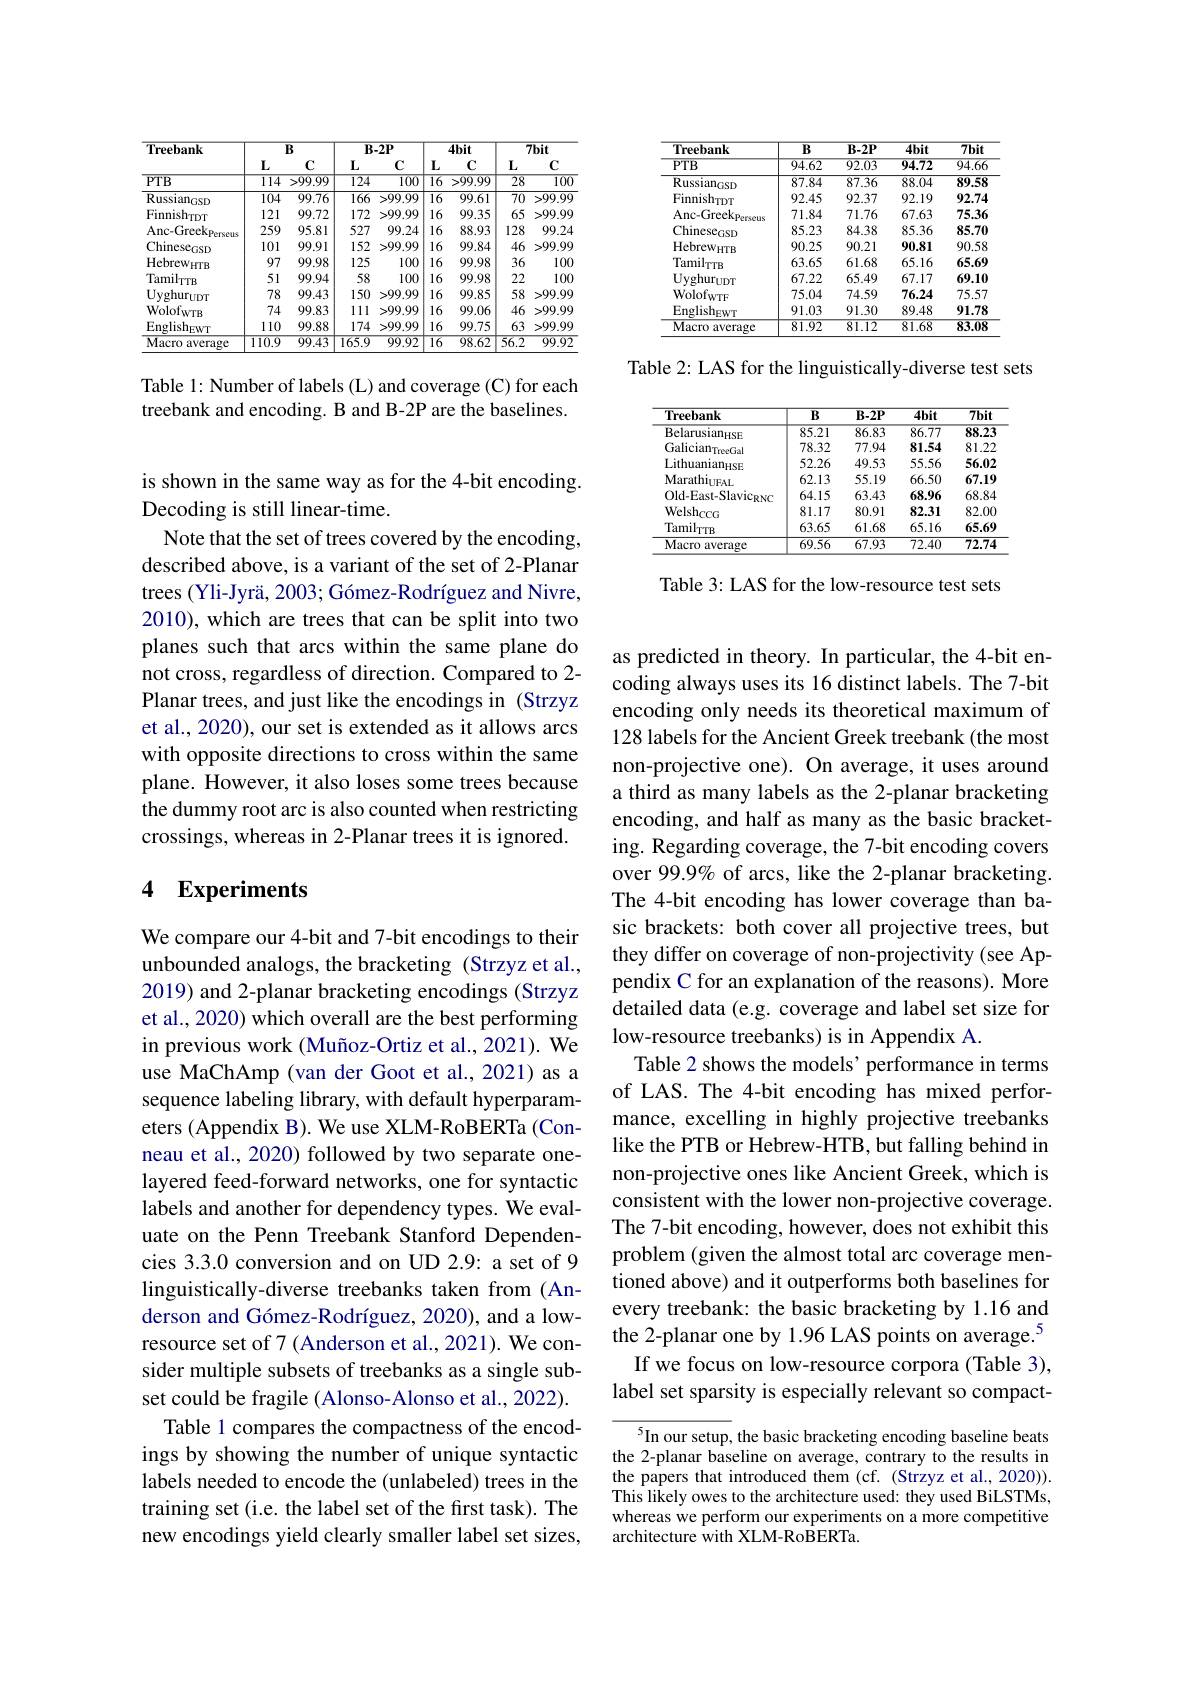
<table>
	<tbody>
		<tr>
			<th rowspan="2">Treebank</th>
			<th colspan="2">$B$</th>
			<th colspan="2">$B-2P$</th>
			<th colspan="2">$4bit$</th>
			<th colspan="2">$7bit$</th>
		</tr>
		<tr>
			<th>$\textbf{L}$</th>
			<th>$C$</th>
			<th>$L$</th>
			<th>C</th>
			<th>$\mathbf{L}$</th>
			<th>$C$</th>
			<th>$L$</th>
			<th>C</th>
		</tr>
		<tr>
			<td>$PTB$</td>
			<td>114</td>
			<td>>99.99</td>
			<td>124</td>
			<td>100</td>
			<td>$\overline{16}$</td>
			<td>>99.99</td>
			<td>28</td>
			<td>$\overline{100}$</td>
		</tr>
		<tr>
			<td>$\mathrm{Russian}_{\mathrm{GSD}}$</td>
			<td>104</td>
			<td>99.76</td>
			<td>$\overline{166}$</td>
			<td>>99.99</td>
			<td>$\overline{16}$</td>
			<td>99.61</td>
			<td>$\overline{70}$</td>
			<td>>99.99</td>
		</tr>
		<tr>
			<td>$Finnish_{\mathrm{TDT}}$</td>
			<td>121</td>
			<td>99.72</td>
			<td>172</td>
			<td>>99.99</td>
			<td>16 1</td>
			<td>99.35</td>
			<td>65</td>
			<td>>99.99</td>
		</tr>
		<tr>
			<td>Anc-Greek$_\mathrm{Perseus}$</td>
			<td>259</td>
			<td>95.81</td>
			<td>527</td>
			<td>99.24</td>
			<td>16 1</td>
			<td>88.93</td>
			<td>128</td>
			<td>99.24</td>
		</tr>
		<tr>
			<td>Chinese$_\mathrm{GSD}$</td>
			<td>101</td>
			<td>99.91</td>
			<td>152</td>
			<td>>99.99</td>
			<td>16 1</td>
			<td>99.84</td>
			<td>46</td>
			<td>>99.99</td>
		</tr>
		<tr>
			<td>$\mathrm{Hebrew}_{\mathrm{HTB}}$</td>
			<td>97</td>
			<td>99.98</td>
			<td>125</td>
			<td>100</td>
			<td>16 1</td>
			<td>99.98</td>
			<td>36</td>
			<td>100</td>
		</tr>
		<tr>
			<td>$\mathrm{Tamil}_{\mathrm{TTB}}$</td>
			<td>51</td>
			<td>99.94</td>
			<td>58</td>
			<td>100</td>
			<td>16 1</td>
			<td>99.98</td>
			<td>22</td>
			<td>100</td>
		</tr>
		<tr>
			<td>$\mathbf{Uyghur}_{\mathrm{UDT}}$</td>
			<td>78</td>
			<td>99.43</td>
			<td>150</td>
			<td>>99.99</td>
			<td>16 1</td>
			<td>99.85</td>
			<td>58</td>
			<td>>99.99</td>
		</tr>
		<tr>
			<td>WolofwTB</td>
			<td>74</td>
			<td>99.83</td>
			<td>111</td>
			<td>>99.99</td>
			<td>16 1</td>
			<td>99.06</td>
			<td>46</td>
			<td>>99.99</td>
		</tr>
		<tr>
			<td>$\mathrm{English}_{\mathrm{EWT}}$</td>
			<td>110</td>
			<td>99.88</td>
			<td>174</td>
			<td>>99.99</td>
			<td>16 1</td>
			<td>99.75</td>
			<td>63</td>
			<td>>99.99</td>
		</tr>
		<tr>
			<td>Macro average</td>
			<td>110.9</td>
			<td>99.43</td>
			<td>165.9</td>
			<td>99.92</td>
			<td>$\overline{16}$</td>
			<td>98.62</td>
			<td>56.2</td>
			<td>99.92</td>
		</tr>
	</tbody>
</table>

Table 1: Number of labels (L) and coverage (C) for each treebank and encoding. B and B-2P are the baselines.

is shown in the same way as for the 4-bit encoding.
Decoding is still linear-time.
Note that the set of trees covered by the encoding, described above, is a variant of the set of 2-Planar trees (Yli-Jyrä, 2003; Gómez-Rodríguez and Nivre, 2010), which are trees that can be split into two planes such that arcs within the same plane do not cross, regardless of direction. Compared to 2- Planar trees, and just like the encodings in (Strzyz et al., 2020), our set is extended as it allows arcs with opposite directions to cross within the same plane. However, it also loses some trees because the dummy root arc is also counted when restricting crossings, whereas in 2-Planar trees it is ignored.

# 4 Experiments

We compare our 4-bit and 7-bit encodings to their unbounded analogs, the bracketing (Strzyz et al., 2019) and 2-planar bracketing encodings (Strzyz et al., 2020) which overall are the best performing in previous work (Muñoz-Ortiz et al., 2021). We use MaChAmp (van der Goot et al.,2021) as a sequence labeling library, with default hyperparameters (Appendix B). We use XLM-RoBERTa (Conneau et al., 2020) followed by two separate onelayered feed-forward networks, one for syntactic labels and another for dependency types. We evaluate on the Penn Treebank Stanford Dependencies 3.3.0 conversion and on UD 2.9: a set of 9 linguistically-diverse treebanks taken from (Anderson and Gómez-Rodríguez, 2020), and a lowresource set of 7 (Anderson et al., 2021). We consider multiple subsets of treebanks as a single subset could be fragile (Alonso-Alonso et al., 2022).
Table 1 compares the compactness of the encodings by showing the number of unique syntactic labels needed to encode the (unlabeled) trees in the training set (i.e. the label set of the first task). The new encodings yield clearly smaller label set sizes,

<table>
	<tbody>
		<tr>
			<th>Treebank</th>
			<th>$\overline{B}$</th>
			<th>$B-2P$</th>
			<th>$4bit$</th>
			<th>$7bit$</th>
		</tr>
		<tr>
			<td>$PTB$</td>
			<td>94.62</td>
			<td>92.03</td>
			<td>94.72</td>
			<td>$\overline{94.66}$</td>
		</tr>
		<tr>
			<td>Russian$_\mathrm{GSD}$</td>
			<td>87.84</td>
			<td>87.36</td>
			<td>88.04</td>
			<td>89.58</td>
		</tr>
		<tr>
			<td>Finnishrpr</td>
			<td>92.45</td>
			<td>92.37</td>
			<td>92.19</td>
			<td>92.74</td>
		</tr>
		<tr>
			<td>Anc- Greekp Prse</td>
			<td>71.84</td>
			<td>71.76</td>
			<td>67.63</td>
			<td>75.36</td>
		</tr>
		<tr>
			<td>Chinese$_\mathrm{GSD}$</td>
			<td>85.23</td>
			<td>84.38</td>
			<td>85.36</td>
			<td>85.70</td>
		</tr>
		<tr>
			<td>$\mathrm{Hebrew}_{\mathrm{HTB}}$</td>
			<td>90.25</td>
			<td>90.21</td>
			<td>90.81</td>
			<td>90.58</td>
		</tr>
		<tr>
			<td>$\mathrm{Tamil}_{\mathrm{TTB}}$</td>
			<td>63.65</td>
			<td>61.68</td>
			<td>65.16</td>
			<td>65.69</td>
		</tr>
		<tr>
			<td>$\mathbf{Uyghur}_{\mathrm{UDT}}$</td>
			<td>67.22</td>
			<td>65.49</td>
			<td>67.17</td>
			<td>69.10</td>
		</tr>
		<tr>
			<td>WolofwTF</td>
			<td>75.04</td>
			<td>74.59</td>
			<td>76.24</td>
			<td>75.57</td>
		</tr>
		<tr>
			<td>English$_\mathrm{EWT}$</td>
			<td>91.03</td>
			<td>91.30</td>
			<td>89.48</td>
			<td>91.78</td>
		</tr>
		<tr>
			<td>Macro average</td>
			<td>81.92</td>
			<td>81.12</td>
			<td>81.68</td>
			<td>83.08</td>
		</tr>
	</tbody>
</table>

Table 2: LAS for the linguistically-diverse test sets

<table>
	<tbody>
		<tr>
			<th>Treebank</th>
			<th>$B$</th>
			<th>$B-2P$</th>
			<th>$\overline{4bit}$</th>
			<th>$\overline{7bit}$</th>
		</tr>
		<tr>
			<td>$Belarusian_{\mathrm{HSE}}$</td>
			<td>85.21</td>
			<td>86.83</td>
			<td>86.77</td>
			<td>88.23</td>
		</tr>
		<tr>
			<td>Galician$_\mathrm{TreeGal}$</td>
			<td>78.32</td>
			<td>77.94</td>
			<td>81.54</td>
			<td>81.22</td>
		</tr>
		<tr>
			<td>Lithuanian$_\mathrm{HSE}$</td>
			<td>52.26</td>
			<td>49.53</td>
			<td>55.56</td>
			<td>56.02</td>
		</tr>
		<tr>
			<td>$\mathrm{Marathi}_{11\mathrm{F}s}$</td>
			<td>62.13</td>
			<td>55.19</td>
			<td>66.50</td>
			<td>67.19</td>
		</tr>
		<tr>
			<td>Old-East-Slavic$_\mathrm{RNC}$</td>
			<td>64.15</td>
			<td>63.43</td>
			<td>68.96</td>
			<td>68.84</td>
		</tr>
		<tr>
			<td>Welsh$_\mathrm{CCG}$</td>
			<td>81.17</td>
			<td>80.91</td>
			<td>82.31</td>
			<td>82.0C</td>
		</tr>
		<tr>
			<td>$\mathrm{Tamil}_{\mathrm{TTB}}$</td>
			<td>63.65</td>
			<td>61.68</td>
			<td>65.16</td>
			<td>65.69</td>
		</tr>
		<tr>
			<td>Macro average</td>
			<td>$\overline{69.56}$</td>
			<td>67.93</td>
			<td>72.40</td>
			<td>$\overline{72.74}$</td>
		</tr>
	</tbody>
</table>

Table 3: LAS for the low-resource test sets

as predicted in theory. In particular, the 4-bit encoding always uses its 16 distinct labels. The 7-bit encoding only needs its theoretical maximum of 128 labels for the Ancient Greek treebank (the most non-projective one). On average, it uses around a third as many labels as the 2-planar bracketing encoding, and half as many as the basic bracketing. Regarding coverage, the 7-bit encoding covers over 99.9% of arcs, like the 2-planar bracketing. The 4-bit encoding has lower coverage than basic brackets: both cover all projective trees, but they differ on coverage of non-projectivity (see Appendix C for an explanation of the reasons). More detailed data (e.g. coverage and label set size for low-resource treebanks) is in Appendix A
Table 2 shows the models' performance in terms of LAS. The 4-bit encoding has mixed performance, excelling in highly projective treebanks like the PTB or Hebrew-HTB, but falling behind in non-projective ones like Ancient Greek, which is consistent with the lower non-projective coverage. The 7-bit encoding, however, does not exhibit this problem (given the almost total arc coverage mentioned above) and it outperforms both baselines for every treebank: the basic bracketing by 1.16 and the 2-planar one by 1.96 LAS points on average.$^{5}$
If we focus on low-resource corpora (Table 3), label set sparsity is especially relevant so compact-
$^{5}$In our setup, the basic bracketing encoding baseline beats

the 2-planar baseline on average, contrary to the results in the papers that introduced them (cf. (Strzyz et al., 2020)). This likely owes to the architecture used: they used BiLSTMs, whereas we perform our experiments on a more competitive architecture with XLM-RoBERTa.